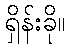
ရှိန်းခို။